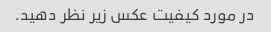
در مورد کیفیت عکس زیر نظر دهید.